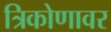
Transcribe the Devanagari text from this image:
त्रिकोणावर